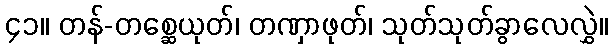
၄၁။ တန်-တစ္ဆေယုတ်၊ တဏှာဖုတ်၊ သုတ်သုတ်ခွာလေလွှဲ။